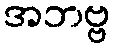
အဘဗ္ဗ